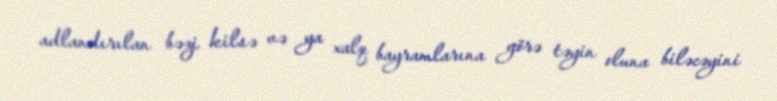
adlandırılan bəzi kilsə və ya xalq bayramlarına görə təyin oluna biləcəyini